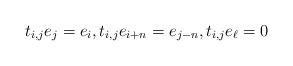
LaTeX: \begin{align*} t_{i,j}e_j = e_i, t_{i,j} e_{i+n} = e_{j-n}, t_{i,j} e_\ell = 0\end{align*}